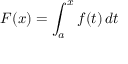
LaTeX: F ( x ) = \int _ { a } ^ { x } f ( t ) \, d t